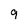
Character: 9